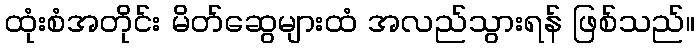
ထုံးစံအတိုင်း မိတ်ဆွေများထံ အလည်သွားရန် ဖြစ်သည်။